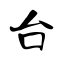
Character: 台